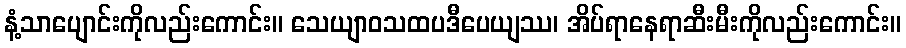
နံ့သာပျောင်းကိုလည်းကောင်း။ သေယျာဝသထပဒီပေယျဿ၊ အိပ်ရာနေရာဆီးမီးကိုလည်းကောင်း။